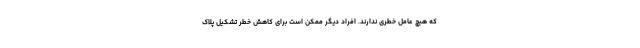
که هیچ عامل خطری ندارند. افراد دیگر ممکن است برای کاهش خطر تشکیل پلاک